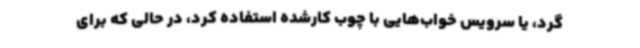
گرد، یا سرویس خواب‌هایی با چوب کارشده استفاده کرد، در حالی که برای